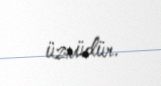
üzvüdür.